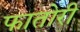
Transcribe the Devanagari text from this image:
फातोरी